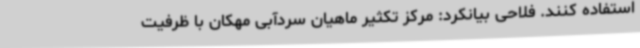
استفاده کنند. فلاحی بیانکرد: مرکز تکثیر ماهیان سردآبی مهکان با ظرفیت